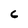
Character: 6